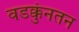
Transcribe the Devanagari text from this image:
वडक्कुंनतन